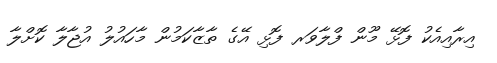
އިރާއިއެކު ފޮޅޭ މޫން ފްލާވަރ ފޮޅި އޭގެ ތާޒާކަމުން މާހައުލު އުޖާލާ ކޮށްލާ